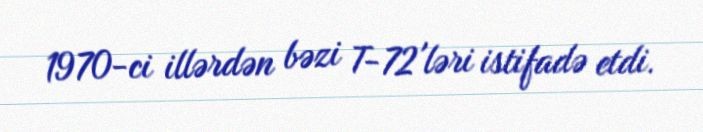
1970-ci illərdən bəzi T-72'ləri istifadə etdi.